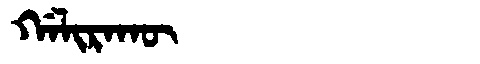
Manchu: ᡤᠠᠯᡳᡵᠠᡴᡡ
Romanization: GALIRAKŪ